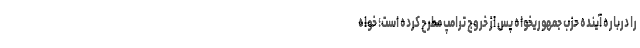
را درباره آینده حزب جمهوریخواه پس از خروج ترامپ مطرح کرده است؛ خواه